Report of the Indian Hemp Drugs Commission, 1894-1895 - Volume VII
Year: 1894
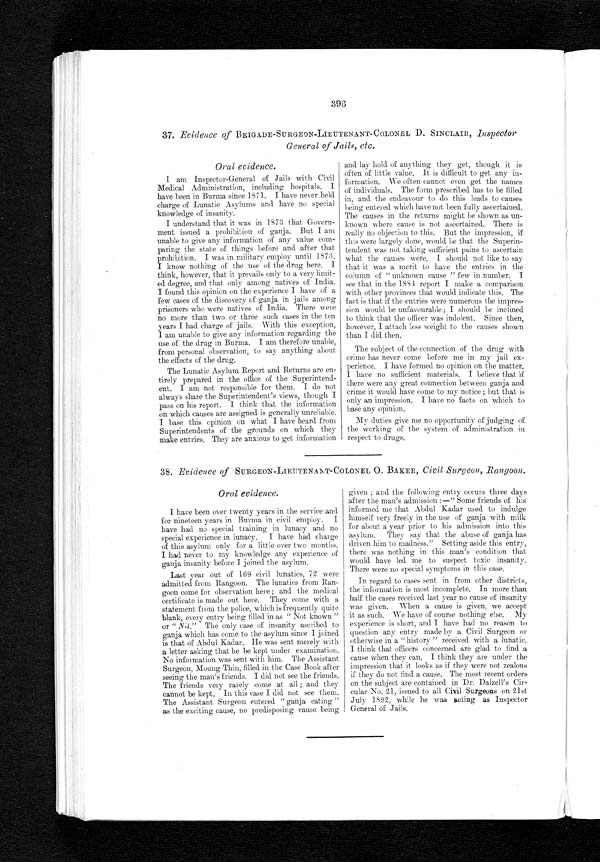
396
37. Evidence of BRIGADE-SURGEON-LIEUTENANT-COLONEL D. SINCLAIR, Inspector
General of Jails, etc.
Oral evidence.
I am Inspector-General of Jails with Civil
Medical Administration, including hospitals. I
have been in Burma since 1871. I have never held
charge of Lunatic Asylums and have no special
knowledge of insanity.
I understand that it was in 1873 that Govern-
ment issued a prohibition of ganja. But I am
unable to give any information of any value com-
paring the state of things before and after that
prohibition. I was in military employ until 1873.
I know nothing of the use of the drug here. I
think, however, that it prevails only to a very limit-
ed degree, and that only among natives of India.
I found this opinion on the experience I have of a
few cases of the discovery of ganja in jails among
prisoners who were natives of India. There were
no more than two or three such cases in the ten
years I had charge of jails. With this exception,
I am unable to give any information regarding the
use of the drug in Burma. I am therefore unable,
from personal observation, to say anything about
the effects of the drug.
The Lunatic Asylum Report and Returns are en-
tirely prepared in the office of the Superintend-
ent. I am not responsible for them. I do not
always share the Superintendent's views, though I
pass on his report. I think that the information
on which causes are assigned is generally unreliable.
I base this opinion on what I have heard from
Superintendents of the grounds on which they
make entries. They are anxious to get information
and lay hold of anything they get, though it is
often of little value. It is difficult to get any in-
formation. We often cannot even get the names
of individuals. The form prescribed has to be filled
in, and the endeavour to do this leads to causes
being entered which have not been fully ascertained.
The causes in the returns might be shown as un-
known where cause is not ascertained. There is
really no objection to this. But the impression, if
this were largely done, would be that the Superin-
tendent was not taking sufficient pains to ascertain
what the causes were. I should not like to say
that it was a merit to have the entries in the
column of " unknown cause " few in number. I
see that in the 1884 report I make a comparison
with other provinces that would indicate this. The
fact is that if the entries were numerous the impres-
sion would be unfavourable ; I should be inclined
to think that the officer was indolent. Since then,
however, I attach less weight to the causes shown
than I did then.
The subject of the connection of the drug wit
h c r i m e h a s n e v e r c o m e b e f o r e m e i n m y j a i l e x p e r i e n c e . I h a v e f o r m e d n o o p i n i o n o n t h e m a t t e r .
I have no sufficient materials. I believe that if
there were any great connection between ganja and
crime it would have come to my notice ; but that is
only an impression. I have no facts on which to
base any opinion.
My duties give me no opportunity of judging of
the working of the system of administration in
respect to drugs.
38. Evidence of SURGEON-LIEUTENANT-COLONEL O. BAKER, Civil Surgeon, Rangoon.
Oral evidence.
I have been over twenty years in the service and
for nineteen years in Burma in civil employ. I
have had no special training in lunacy and no
special experience in lunacy. I have had charge
of this asylum only for a little over two months.
I had never to my knowledge any experience of
ganja insanity before I joined the asylum.
Last year out of 169 civil lunatics, 72 were
admitted from Rangoon. The lunatics from Ran-
goon come for observation here ; and the medical
certificate is made out here. They come with a
statement from the police, which is frequently quite
blank, every entry being filled in as " Not known "
or " Nil ." The only case of insanity ascribed to
ganja which has come to the asylum since I joined
is that of Abdul Kadar. He was sent merely with
a letter asking that he be kept under examination.
No information was sent with him. The Assistant
Surgeon, Moung Thin, filled in the Case Book after
seeing the man's friends. I did not see the friends.
The friends very rarely come at all ; and they
cannot be kept. In this case I did not see them.
The Assistant Surgeon entered " ganja eating "
as the exciting cause, no predisposing cause being
given ; and the following entry Occurs three days
after the man's admission : —" Some friends of his
informed me that Abdul Kadar used to indulge
himself very freely in the use of ganja with milk
for about a year prior to his admission into this
asylum. They say that the abuse of ganja has
driven him to madness." Setting aside this entry,
there was nothing in this man's condition that
would have led me to suspect toxic insanity.
There were no special symptoms in this case.
In regard to cases sent in from other districts,
the information is most incomplete. In more than
half the cases received last year no cause of insanity
was given. When a cause is given, we accept
it as such. We have of course nothing else. My
experience is short, and I have had no reason to
question any entry made by a Civil Surgeon or
otherwise in a "history " received with a lunatic.
I think that officers concerned are glad to find a
cause when they can. I think they are under the
impression that it looks as if they were not zealous
if they do not find a cause. The most recent orders
on the subject are contained in Dr. Dalzell's Cir-
cular No. 21, issued to all Civil Surgeons on 21st
July 1892, while he was acting as Inspector
General of Jails.